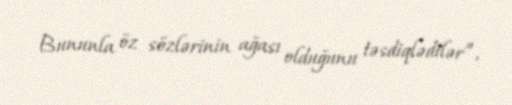
Bununla öz sözlərinin ağası olduğunu təsdiqlədilər”.